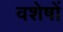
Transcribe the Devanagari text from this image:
वशेषों